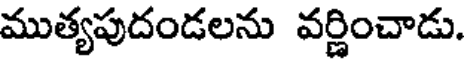
ముత్యపుదండలను వర్ణించాడు.